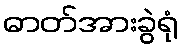
ဓာတ်အားခွဲရုံ